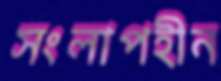
সংলাপহীন